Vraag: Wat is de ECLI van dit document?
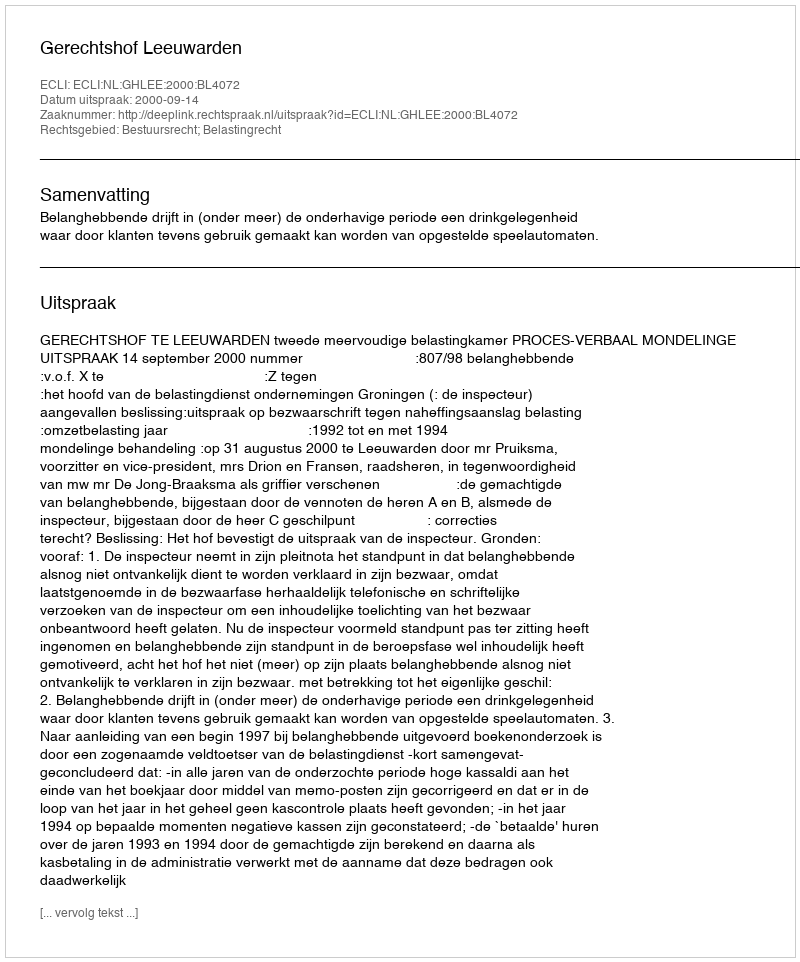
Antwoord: ECLI:NL:GHLEE:2000:BL4072